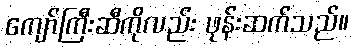
ကျော်ကြီးဆီကိုလည်း ဖုန်းဆက်သည်။